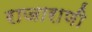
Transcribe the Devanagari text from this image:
राजाराणी